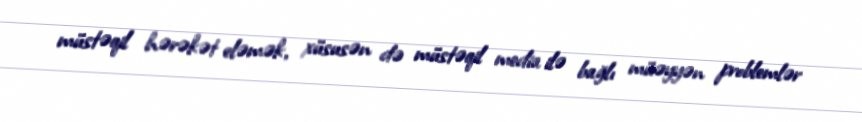
müstəqil hərəkət eləmək, xüsusən də müstəqil media ilə bağlı müəyyən problemlər